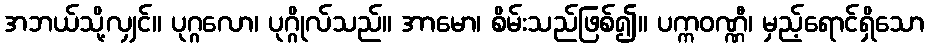
အဘယ်သို့လျှင်။ ပုဂ္ဂလော၊ ပုဂ္ဂိုလ်သည်။ အာမော၊ စိမ်းသည်ဖြစ်၍။ ပက္ကဝဏ္ဏီ၊ မှည့်ရောင်ရှိသော